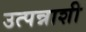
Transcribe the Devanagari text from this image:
उत्पन्नाशी